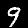
Label: 9